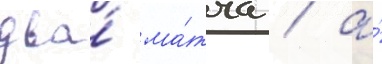
два́ ма́тча / а́